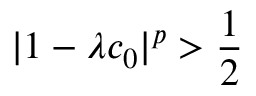
| 1 - \lambda c _ { 0 } | ^ { p } > \frac { 1 } { 2 }